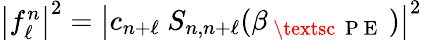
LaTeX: \begin{array}{r}{\left|f_{\ell}^{n}\right|^{2}=\left|c_{n+\ell}\ S_{n,n+\ell}(\beta_{\mathrm{~\textsc~{~P~E~}~}})\right|^{2}}\end{array}